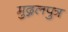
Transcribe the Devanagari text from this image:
मुद्गलपुत्र